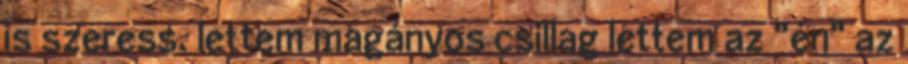
is szeress. lettem magányos csillag lettem az "én" az